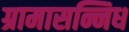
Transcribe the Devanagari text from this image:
ग्रामासन्निध